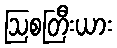
ဩစတြီးယား